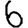
Digit: 6